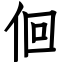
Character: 佪